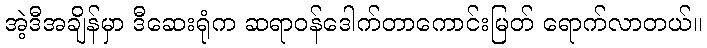
အဲ့ဒီအချိန်မှာ ဒီဆေးရုံက ဆရာဝန်ဒေါက်တာကောင်းမြတ် ရောက်လာတယ်။